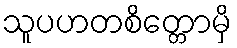
သူပဟတစိတ္တောမှိ